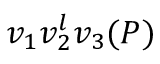
v _ { 1 } v _ { 2 } ^ { l } v _ { 3 } ( P )